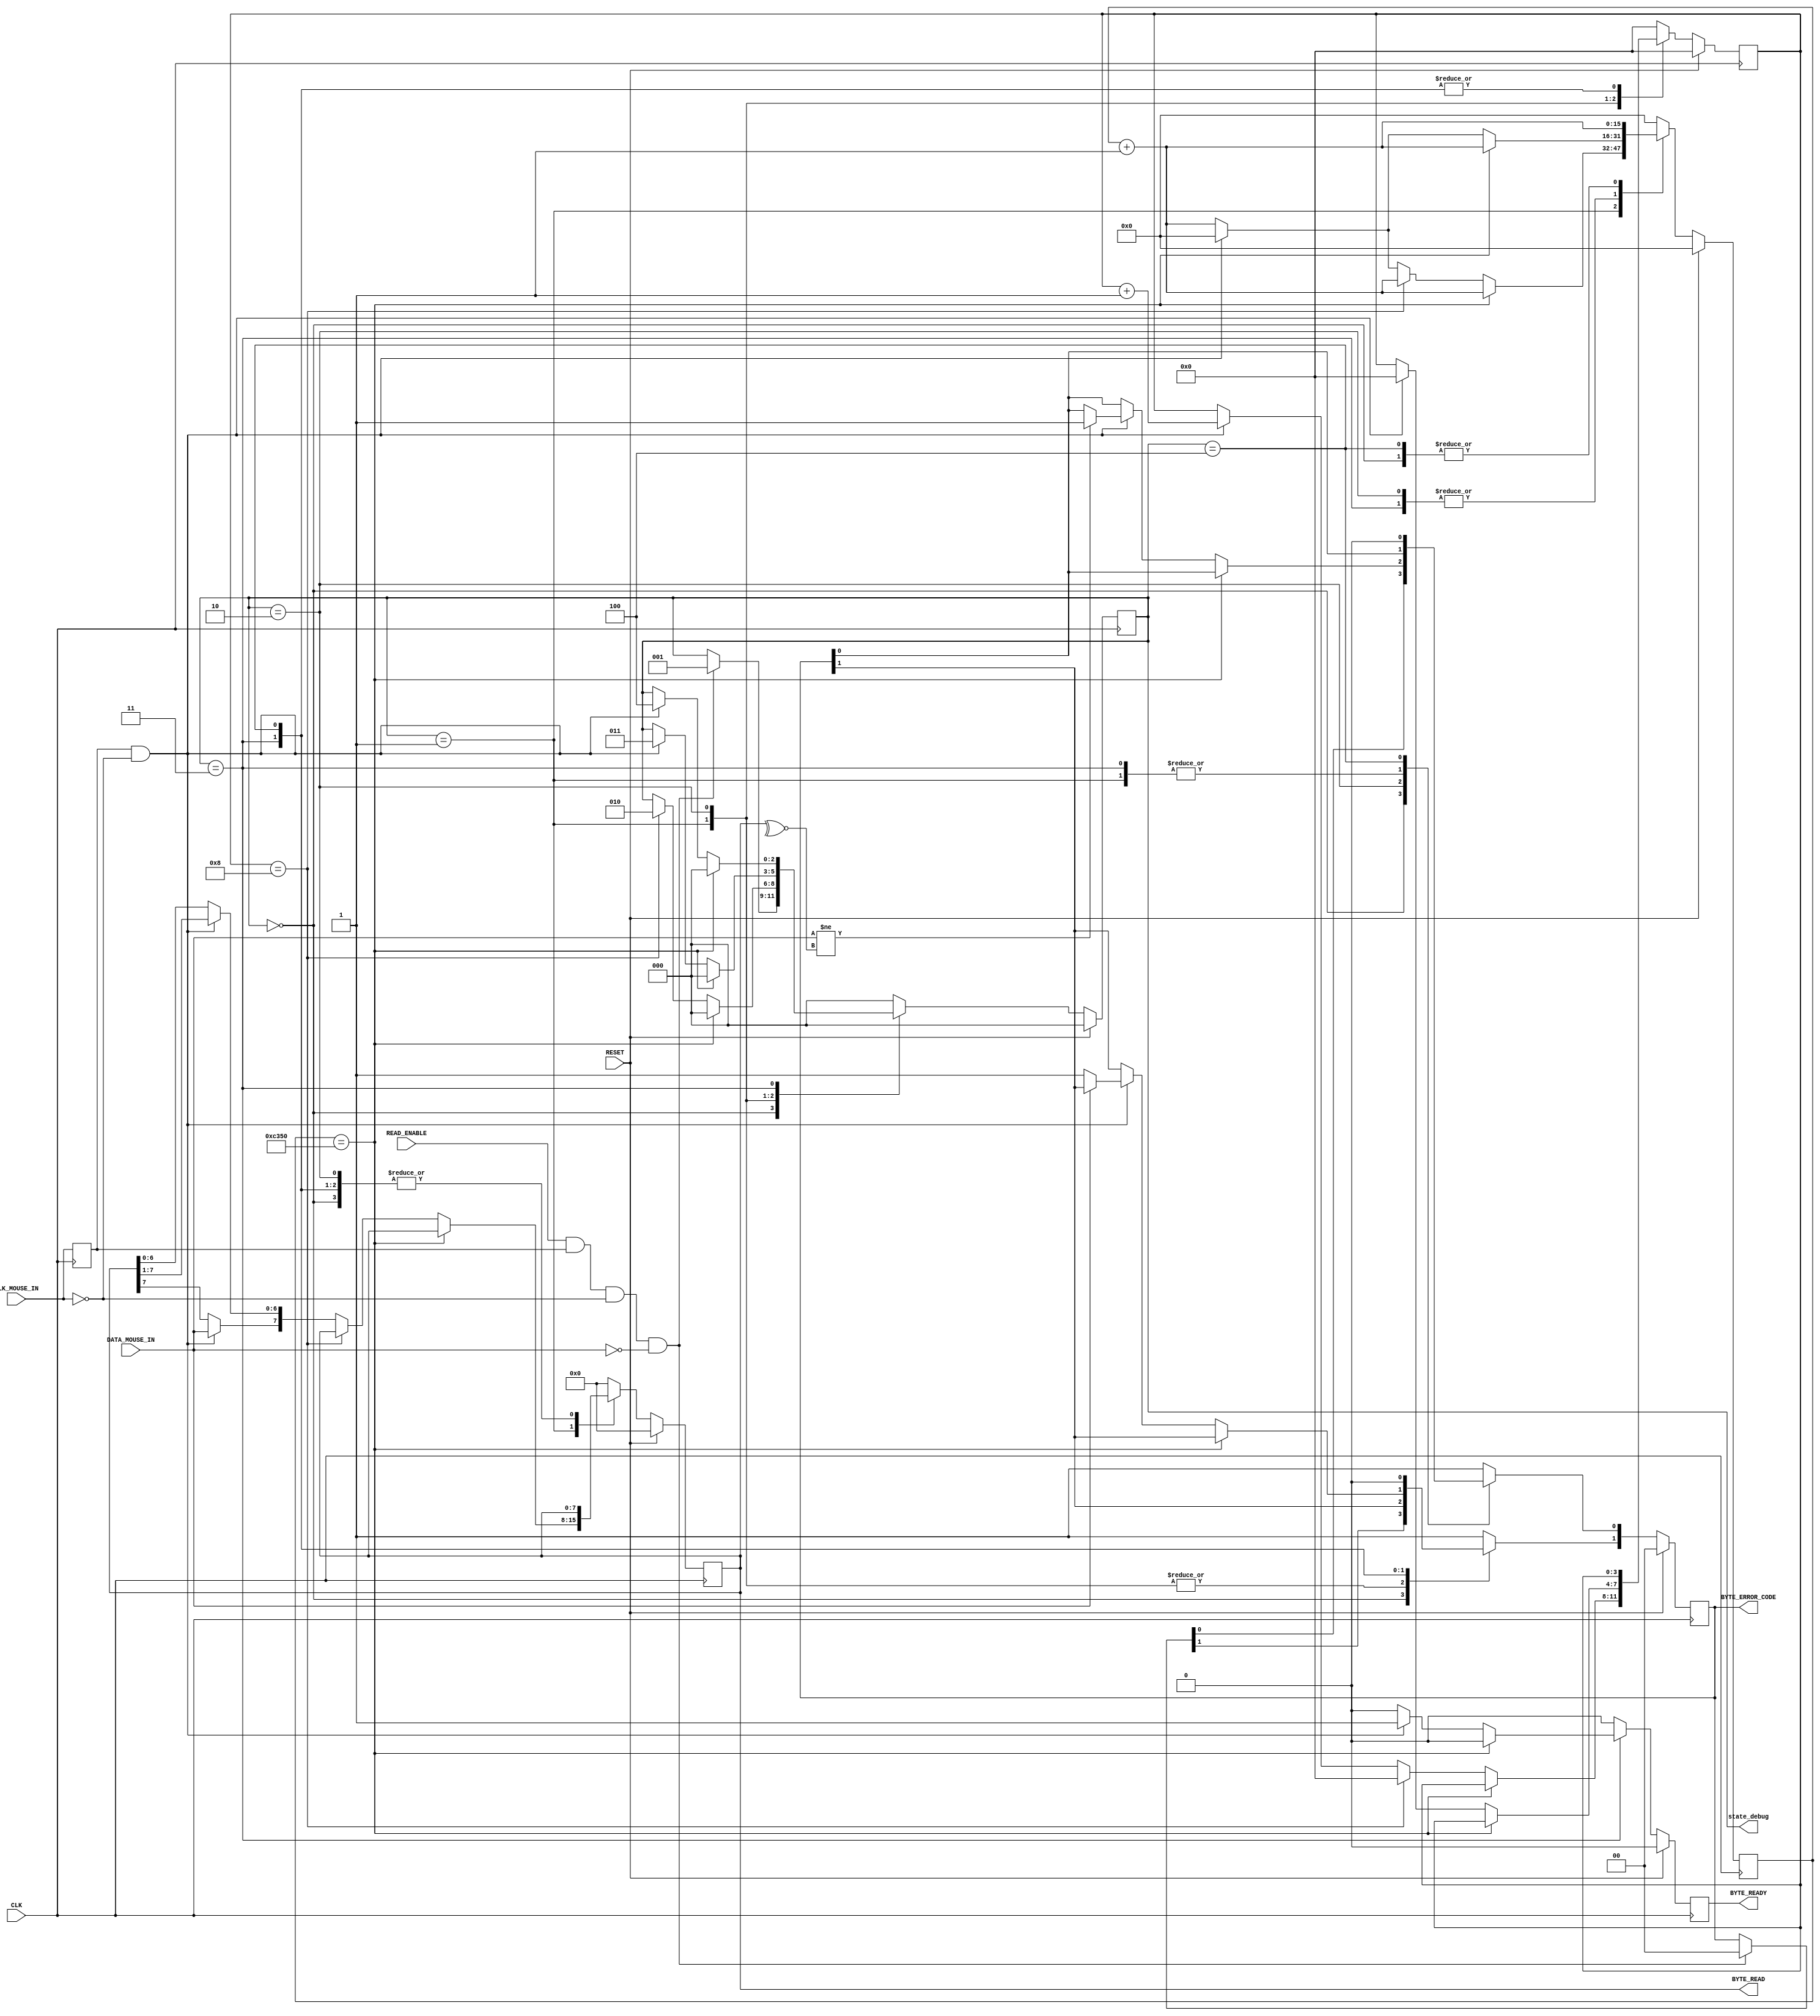
`timescale 1ns / 1ps

//////////////////////////////////////////////////////////////////////////////////
// Company: 
// Engineer: 
// 
// Design Name: 
// Module Name: MouseReceiver
// Project Name: 
// Target Devices: 
// Tool Versions: 
// Description: 
// 
// Dependencies: 
// 
// Revision:
// Revision 0.01 - File Created
// Additional Comments:
// 
//////////////////////////////////////////////////////////////////////////////////


module MouseReceiver(
    // Standard Inputs
    input RESET,
    input CLK,
    // Mouse IO - CLK
    input CLK_MOUSE_IN,
    // Mouse IO - DATA
    input DATA_MOUSE_IN,
    // Control
    input READ_ENABLE,
    output [7:0] BYTE_READ,
    output [1:0] BYTE_ERROR_CODE,
    output BYTE_READY,
    output [2:0] state_debug
);

    // Clk Mouse delayed to detect clock edges
    reg ClkMouseInDly;
    always @(posedge CLK)
        ClkMouseInDly <= CLK_MOUSE_IN;

    // A simple state machine to handle the incoming 11-bit codewords
    reg [2:0] Curr_State, Next_State;
    reg [7:0] Curr_MSCodeShiftReg, Next_MSCodeShiftReg;
    reg [3:0] Curr_BitCounter, Next_BitCounter;
    reg Curr_ByteReceived, Next_ByteReceived;
    reg [1:0] Curr_MSCodeStatus, Next_MSCodeStatus;
    reg [15:0] Curr_TimeoutCounter, Next_TimeoutCounter;

    // Sequential
    always @(posedge CLK) begin
        if (RESET) begin
            Curr_State <= 3'b000;
            Curr_MSCodeShiftReg <= 8'h00;
            Curr_BitCounter <= 0;
            Curr_ByteReceived <= 1'b0;
            Curr_MSCodeStatus <= 2'b00;
            Curr_TimeoutCounter <= 0;
        end else begin
            Curr_State <= Next_State;
            Curr_MSCodeShiftReg <= Next_MSCodeShiftReg;
            Curr_BitCounter <= Next_BitCounter;
            Curr_ByteReceived <= Next_ByteReceived;
            Curr_MSCodeStatus <= Next_MSCodeStatus;
            Curr_TimeoutCounter <= Next_TimeoutCounter;
        end
    end

    // Combinatorial
    always @* begin
        // Defaults to make the State Machine more readable
        Next_State = Curr_State;
        Next_MSCodeShiftReg = Curr_MSCodeShiftReg;
        Next_BitCounter = Curr_BitCounter;
        Next_ByteReceived = 1'b0;
        Next_MSCodeStatus = Curr_MSCodeStatus;
        Next_TimeoutCounter = Curr_TimeoutCounter + 1'b1;

        // The states
        case (Curr_State)
            3'b000: begin
                // Falling edge of Mouse clock and MouseData is low i.e. start bit
                if (READ_ENABLE & ClkMouseInDly & ~CLK_MOUSE_IN & ~DATA_MOUSE_IN) begin
                    Next_State = 3'b001;
                    Next_MSCodeStatus = 2'b00;
                end
                Next_BitCounter = 0;
            end

            // Read successive byte bits from the mouse here
            3'b001: begin
                if (Curr_TimeoutCounter == 50000) // 1ms timeout
                    Next_State = 3'b000;
                else if (Curr_BitCounter == 8) begin // if last bit go to parity bit check
                    Next_State = 3'b010;
                    Next_BitCounter = 0;
                end else if (ClkMouseInDly & ~CLK_MOUSE_IN) begin // Shift Byte bits in
                    Next_MSCodeShiftReg[6:0] = Curr_MSCodeShiftReg[7:1];
                    Next_MSCodeShiftReg[7] = DATA_MOUSE_IN;
                    Next_BitCounter = Curr_BitCounter + 1;
                    Next_TimeoutCounter = 0;
                end
            end

            // Check Parity Bit
            3'b010: begin
                // Falling edge of Mouse clock and MouseData is odd parity
                if (Curr_TimeoutCounter == 50000)
                    Next_State = 3'b000;
                else if (ClkMouseInDly & ~CLK_MOUSE_IN) begin
                    if (DATA_MOUSE_IN != ~^Curr_MSCodeShiftReg[7:0]) // Parity bit error
                        Next_MSCodeStatus[0] = 1'b1;
                    Next_BitCounter = 0;
                    Next_State = 3'b011;
                    Next_TimeoutCounter = 0;
                end
            end

           // Detect Stop bit
            3'b011: begin
                if (Curr_TimeoutCounter == 50000) // Timeout reset to initial state
                    Next_State = 3'b000;
                else if (ClkMouseInDly & ~CLK_MOUSE_IN) begin
                    if (~DATA_MOUSE_IN) // Stop bit should be high
                        Next_MSCodeStatus[1] = 1'b1;
                    Next_State = 3'b100; 
                    Next_ByteReceived = 1'b1; // Indicate that a byte has been fully received
                    Next_TimeoutCounter = 0;
                end
            end

            // Final State - Byte has been received and is ready to be read
            3'b100: begin
                Next_State = 3'b000; // Reset to initial state to wait for the next byte
                Next_ByteReceived = 1'b0; // Clear the byte received flag
                Next_MSCodeStatus = 2'b00; // Reset error status

            end

            // Default state
            default: begin
                // Safe fallback if an undefined state is somehow reached
                Next_State = 3'b000; // Reset to the initial state
                // Other registers could be reset or left as-is depending on desired behavior
                Next_MSCodeStatus = 2'b11;
                Next_TimeoutCounter = 0; 
                Next_MSCodeShiftReg = 8'h00;
                Next_BitCounter = 0;
            end
        endcase
    end

    assign BYTE_READY = Curr_ByteReceived;
    assign BYTE_READ = Curr_MSCodeShiftReg;
    assign BYTE_ERROR_CODE = Curr_MSCodeStatus;
    assign state_debug = Curr_State;

endmodule